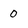
Character: 0